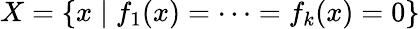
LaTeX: X=\{ x\mid f_{1}(x)=\cdots=f_{k}(x)=0\}